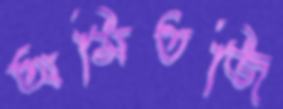
অমিতজি